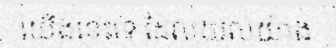
យើងនេះទេ ដែលយល់យ៉ាង